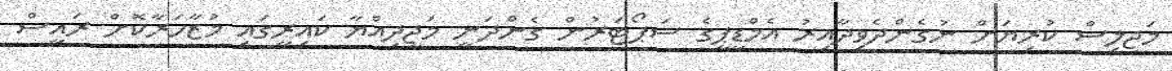
މަޖިލިސް ކުރިޔަށް ނުގެންދެވިދާއިރު އެމްޑީޕީގެ ސަޕޯޓަރުން ގެންދަނީ މަޖީދިއްޔާ ކައިރީގައި މުޒާހަރާކޮށް ރައީސް